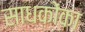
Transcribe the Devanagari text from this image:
साधकोंका